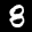
Label: 8